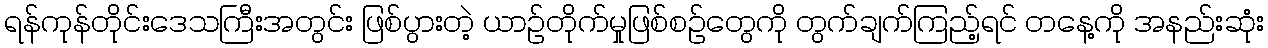
ရန်ကုန်တိုင်းဒေသကြီးအတွင်း ဖြစ်ပွားတဲ့ ယာဉ်တိုက်မှုဖြစ်စဉ်တွေကို တွက်ချက်ကြည့်ရင် တနေ့ကို အနည်းဆုံး